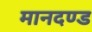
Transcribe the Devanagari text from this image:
मानदण्‍ड